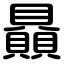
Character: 贔